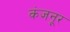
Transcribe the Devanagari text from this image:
कंजनूर